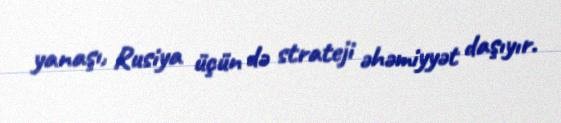
yanaşı, Rusiya üçün də strateji əhəmiyyət daşıyır.